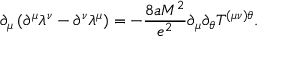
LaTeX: \partial _ { \mu } \left( \partial ^ { \mu } \lambda ^ { \nu } - \partial ^ { \nu } \lambda ^ { \mu } \right) = - \frac { 8 a M ^ { 2 } } { e ^ { 2 } } \partial _ { \mu } \partial _ { \theta } T ^ { ( \mu \nu ) \theta } .